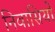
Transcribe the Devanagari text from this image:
निवासियों